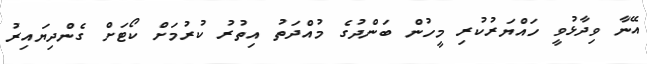
އޭނާ ވިދާޅުވީ ހައްޔަރުކުރި މީހުން ބަންދުގެ މުއްދަތު އިތުރު ކުރުމަށް ކޯޓަށް ގެންދިޔައިރު